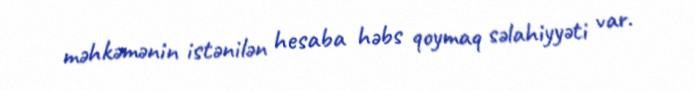
məhkəmənin istənilən hesaba həbs qoymaq səlahiyyəti var.